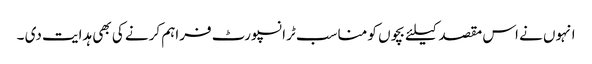
انہوں نے اس مقصد کیلئے بچوں کو مناسب ٹرانسپورٹ فراہم کرنے کی بھی ہدایت دی ۔